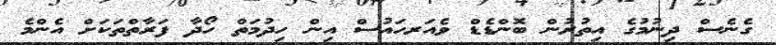
ގެނެސް ދިނުމުގެ އިތުރުން ބޮންޑެޑް ވެއަރހައުސް އިން ހިދުމަތް ހޯދާ ފަރާތްތަކަށް އެންމެ